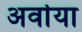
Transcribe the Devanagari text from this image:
अर्वाया